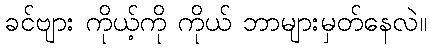
ခင်ဗျား ကိုယ့်ကို ကိုယ် ဘာများမှတ်နေလဲ။